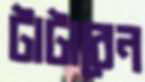
টাটাবেন